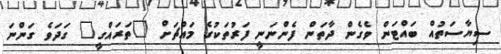
ސިޔާސަތުއް ބައްޓަން ވެގެން ދާތަން ފެންނަނީ ފަރުތަކުގެ މައްޗަށް "ތަރައްގީ" ގަދަވެ ގަންނަ